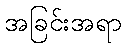
အခြင်းအရာ